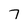
Character: 7